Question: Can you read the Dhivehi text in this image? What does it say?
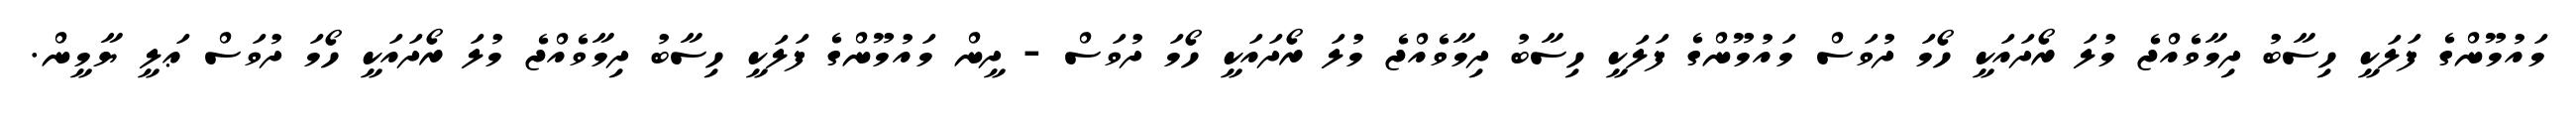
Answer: މައުމޫންގެ ފަލަކީ ހިސާބު ދިމާވެއްޖެ މުލަ ރޯދައަކީ ހޯމަ ދުވަސް މައުމޫންގެ ފަލަކީ ހިސާބު ދިމާވެއްޖެ މުލަ ރޯދައަކީ ހޯމަ ދުވަސް - ދީން މައުމޫންގެ ފަލަކީ ހިސާބު ދިމާވެއްޖެ މުލަ ރޯދައަކީ ހޯމަ ދުވަސް ޢަލީ ޔާމީން.